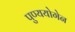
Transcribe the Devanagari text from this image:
पुण्ययोगेन